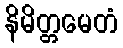
နိမိတ္တမေတံ